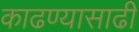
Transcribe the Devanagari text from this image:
काढण्यासाढी